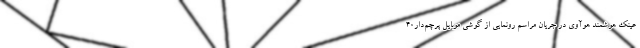
عینک هوشمند هوآوی در جریان مراسم رونمایی از گوشی موبایل پرچم‌دار40